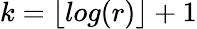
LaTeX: k=\lfloor log(r)\rfloor+1